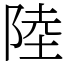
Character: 陸